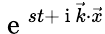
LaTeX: \mathrm{~e~}^{st+\mathrm{~i~}\vec{k}\cdot\vec{x}}